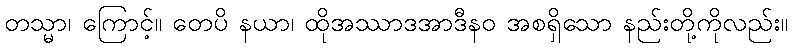
တသ္မာ၊ ကြောင့်။ တေပိ နယာ၊ ထိုအဿာဒအာဒီနဝ အစရှိသော နည်းတို့ကိုလည်း။